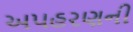
અપહરણની